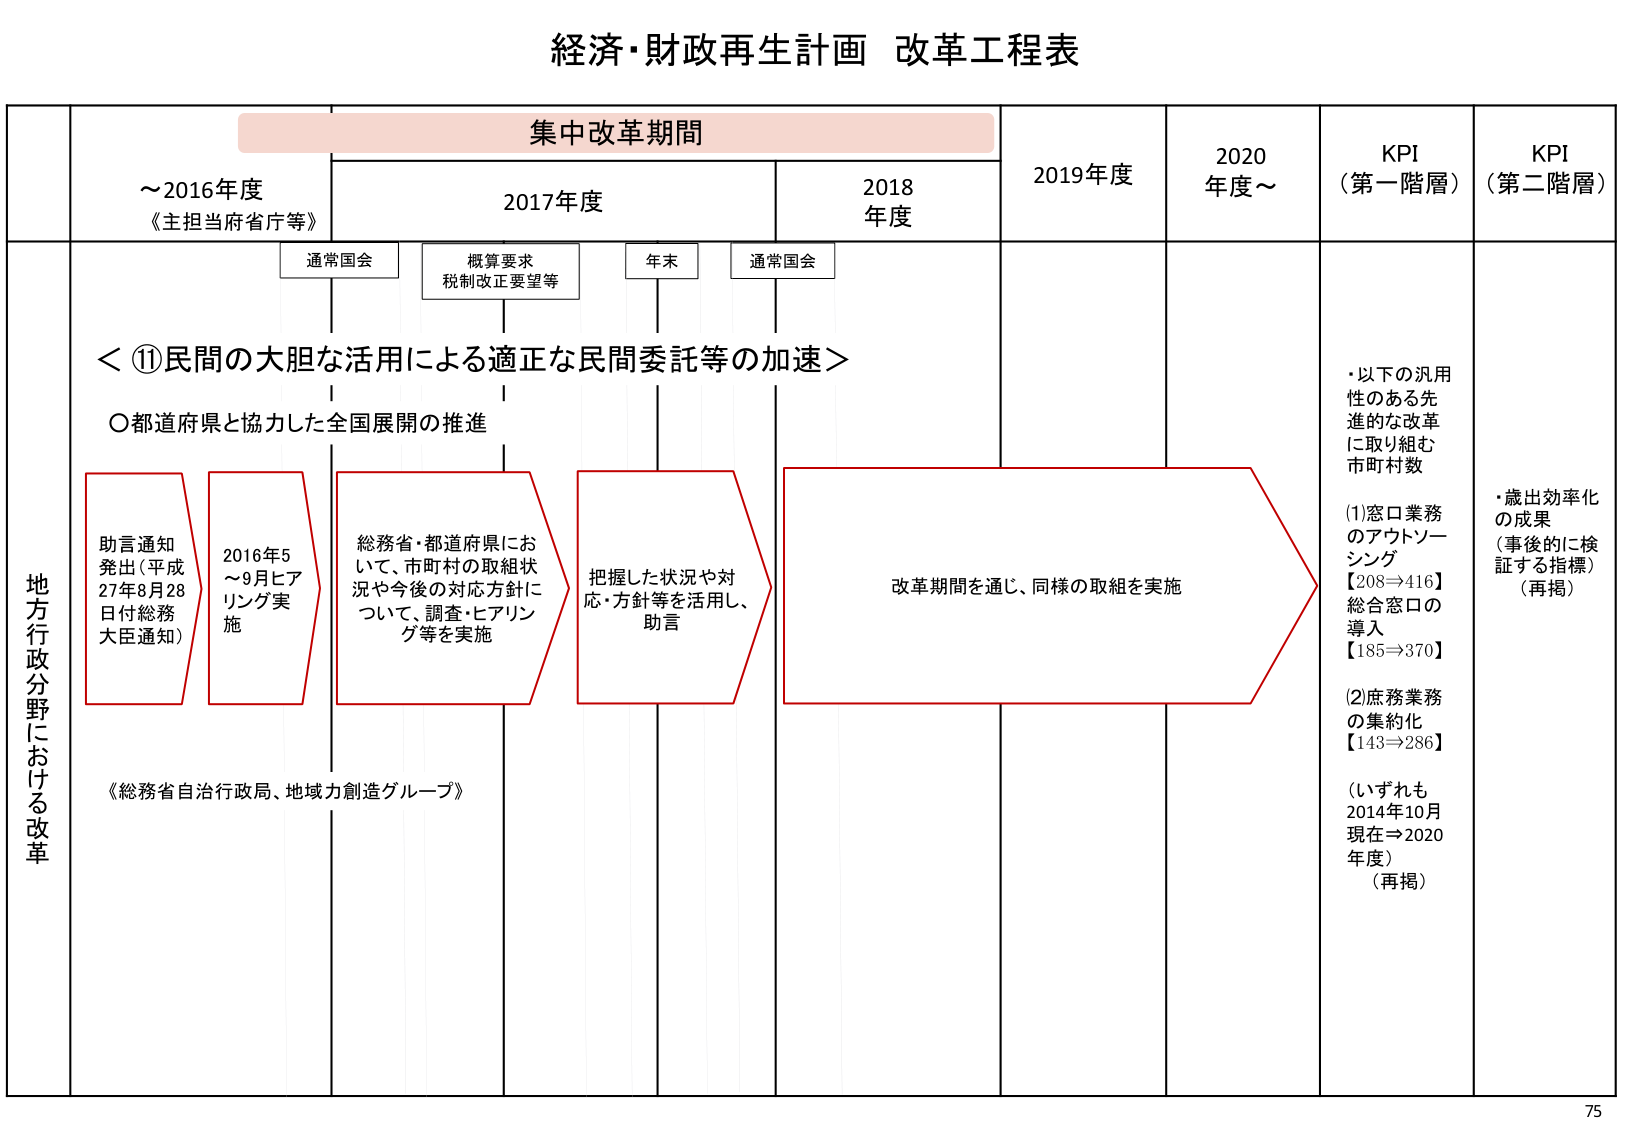
経済・財政再生計画 改革工程表

集中改革期間

～2016年度
《主担当府省庁等》

2017年度

2018年度

2019年度

2020年度～

KPI
（第一階層）

KPI
（第二階層）

通常国会

概算要求
税制改正要望等

年末

通常国会

＜⑪民間の大胆な活用による適正な民間委託等の加速＞

○都道府県と協力した全国展開の推進

地方行政分野における改革

助言通知
発出（平成
27年8月28
日付総務
大臣通知）

2016年5
～9月ヒア
リング実
施

総務省・都道府県にお
いて、市町村の取組状
況や今後の対応方針に
ついて、調査・ヒアリン
グ等を実施

把握した状況や対
応・方針等を活用し、
助言

改革期間を通じ、同様の取組を実施

《総務省自治行政局、地域力創造グループ》

・以下の汎用
性のある先
進的な改革
に取り組む
市町村数

(1)窓口業務
のアウトソー
シング
【208⇒416】
総合窓口の
導入
【185⇒370】

(2)庶務業務
の集約化
【143⇒286】

（いずれも
2014年10月
現在⇒2020
年度）
（再掲）

・歳出効率化
の成果
（事後的に検
証する指標）
（再掲）

75